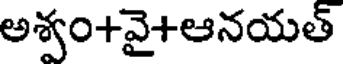
అశ్వం+వై+ఆనయత్